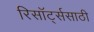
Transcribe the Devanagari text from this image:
रिसॉर्ट्ससाठी